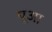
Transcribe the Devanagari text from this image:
पूआ